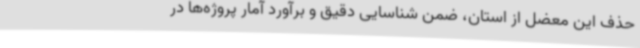
حذف این معضل از استان، ضمن شناسایی دقیق و برآورد آمار پروژه‌ها در